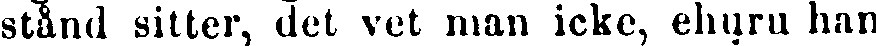
stånd sitter, det vet man icke, ehuru han